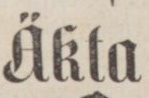
Äkta